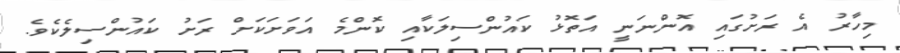
މިހާރު އެ ރަށުގައި އޮންނަނީ އަތޮޅު ކައުންސިލަކާއި ކޮންމެ އަވަށަކަށް ރަށު ކައުންސިލެކެވެ.